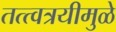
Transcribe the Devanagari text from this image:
तत्त्वत्रयीमुळे